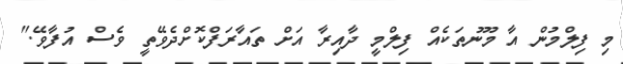
މި ފިލްމުން އާ މޫނުތަކެއް ފިލްމީ ދާއިރާ އަށް ތައާރަފްކޮށްދެވޭތީ ވެސް އުފާވޭ."